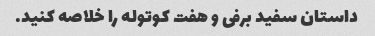
داستان سفید برفی و هفت کوتوله را خلاصه کنید.